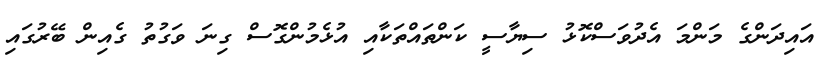
އައިދަންގެ މަންމަ އެދުވަސްކޮޅު ސިޔާސީ ކަންތައްތަކާއި އުޅެމުންގޮސް ގިނަ ވަގުތު ގެއިން ބޭރުގައި